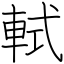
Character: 軾